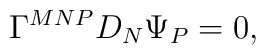
\Gamma^{MNP} D_N \Psi_P = 0,